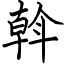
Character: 斡